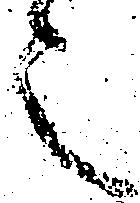
之